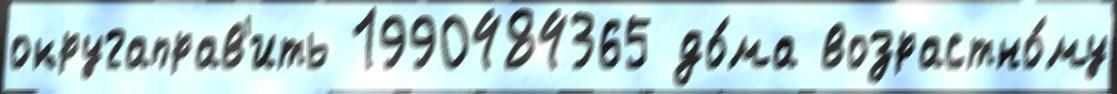
округаправ'ить 1990484365 до́ма возрастно́му